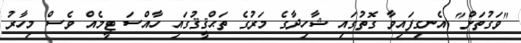
"ވަގުތަށް" އެނގިފައިވާ ގޮތުގައި ޝާހިދާގެ މަރުގެ ތަޙްޤީޤުގައި ހާއްސަ ޓީމެއް ވެސް މިހާރު